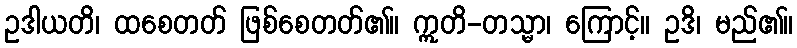
ဥဒါယတိ၊ ထစေတတ် ဖြစ်စေတတ်၏။ ဣတိ-တသ္မာ၊ ကြောင့်။ ဥဒိ၊ မည်၏။